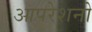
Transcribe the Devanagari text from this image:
आपरेशनो